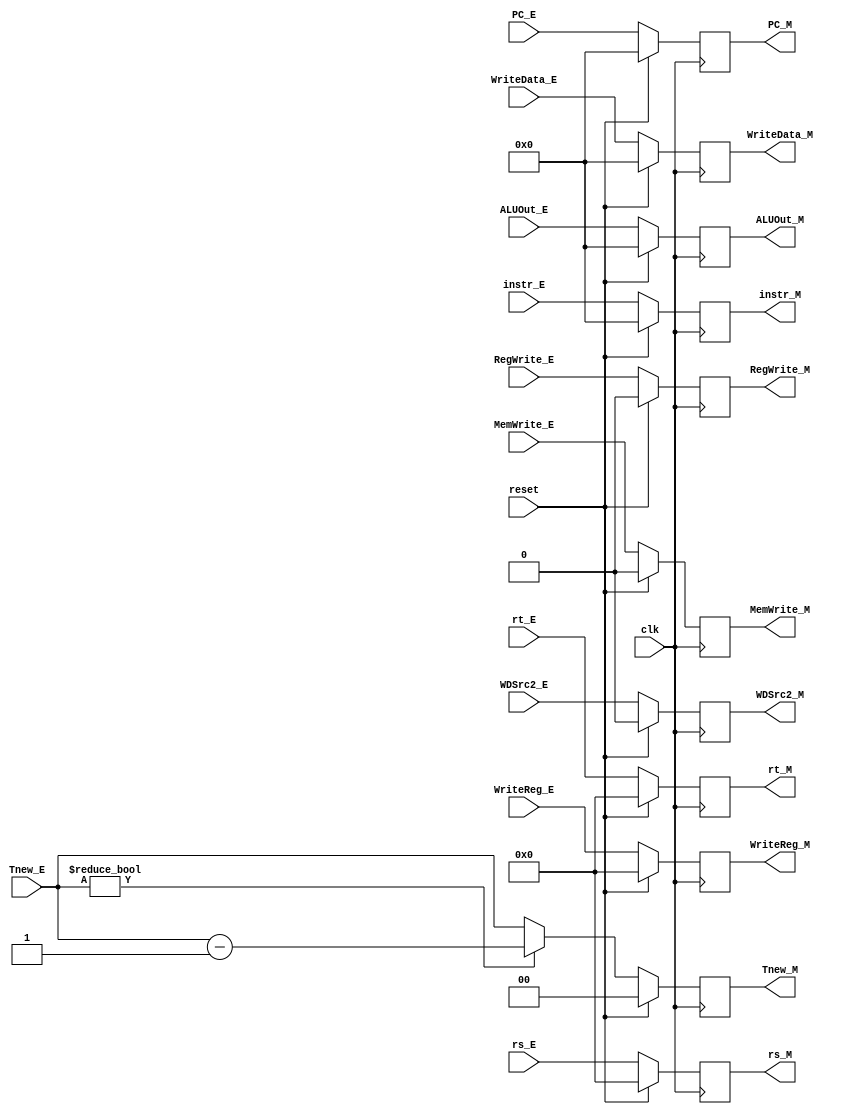
`timescale 1ns / 1ps
//////////////////////////////////////////////////////////////////////////////////
// Company: 
// Engineer: 
// 
// Design Name: 
// Module Name:    reg_M 
// Project Name: 
// Target Devices: 
// Tool versions: 
// Description: 
//
// Dependencies: 
//
// Revision: 
// Revision 0.01 - File Created
// Additional Comments: 
//
//////////////////////////////////////////////////////////////////////////////////
`default_nettype none

module reg_M(
	input wire clk,
	input wire reset,
	
	input wire [31:0] ALUOut_E,
	input wire [31:0] WriteData_E,
	input wire [4:0] rs_E,
	input wire [4:0] rt_E,
	input wire [4:0] WriteReg_E,
	input wire [31:0] instr_E,
	input wire [31:0] PC_E,
	
	input wire RegWrite_E,
	input wire MemWrite_E,
	input wire WDSrc2_E,
	input wire [1:0] Tnew_E,
	
	output wire [31:0] ALUOut_M,
	output wire [31:0] WriteData_M,
	output wire [4:0] rs_M,
	output wire [4:0] rt_M,
	output wire [4:0] WriteReg_M,
	output wire [31:0] instr_M,
	output wire [31:0] PC_M,
	
	output wire RegWrite_M,
	output wire MemWrite_M,
	output wire WDSrc2_M,
	output wire [1:0] Tnew_M
    );

	reg [31:0] ALUOut;
	reg [31:0] WriteData;
	reg [4:0] rs;
	reg [4:0] rt;
	reg [4:0] WriteReg;
	reg [31:0] instr;
	reg [31:0] PC;
	reg RegWrite;
	reg MemWrite;
	reg WDSrc;
	reg [1:0] Tnew;
	
	assign ALUOut_M = ALUOut;
	assign WriteData_M = WriteData;
	assign rs_M = rs;
	assign rt_M = rt;
	assign WriteReg_M = WriteReg;
	assign instr_M = instr;
	assign PC_M = PC;
	assign RegWrite_M = RegWrite;
	assign MemWrite_M = MemWrite;
	assign WDSrc2_M = WDSrc;
	assign Tnew_M = Tnew;
	
	always @(posedge clk) begin
		if (reset) begin
			ALUOut <= 0;
			WriteData <= 0;
			rs <= 0;
			rt <= 0;
			WriteReg <= 0;
			instr <= 0;
			PC <= 0;
			RegWrite <= 0;
			MemWrite <= 0;
			WDSrc <= 0;
			Tnew <= 0;
		end
		else begin 
			ALUOut <= ALUOut_E;
			WriteData <= WriteData_E;
			rs <= rs_E;
			rt <= rt_E;
			WriteReg <= WriteReg_E;
			instr <= instr_E;
			PC <= PC_E;
			RegWrite <= RegWrite_E;
			MemWrite <= MemWrite_E;
			WDSrc <= WDSrc2_E;
			if (Tnew_E != 0) begin
				Tnew <= Tnew_E - 2'b01;
			end
			else begin
				Tnew <= Tnew_E;
			end
		end
	end
	
endmodule